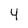
Character: 4